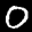
Label: 0